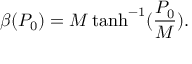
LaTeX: \beta ( P _ { 0 } ) = M \operatorname { t a n h } ^ { - 1 } ( \frac { P _ { 0 } } { M } ) .